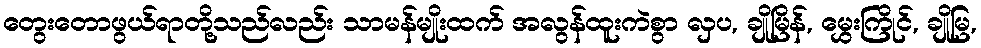
တွေးတောဖွယ်ရာတို့သည်လည်း သာမန်မျိုးထက် အလွန်ထူးကဲစွာ လှပ, ချိုမြိန်, မွှေးကြိုင်, ချိုမြ,